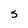
Character: S